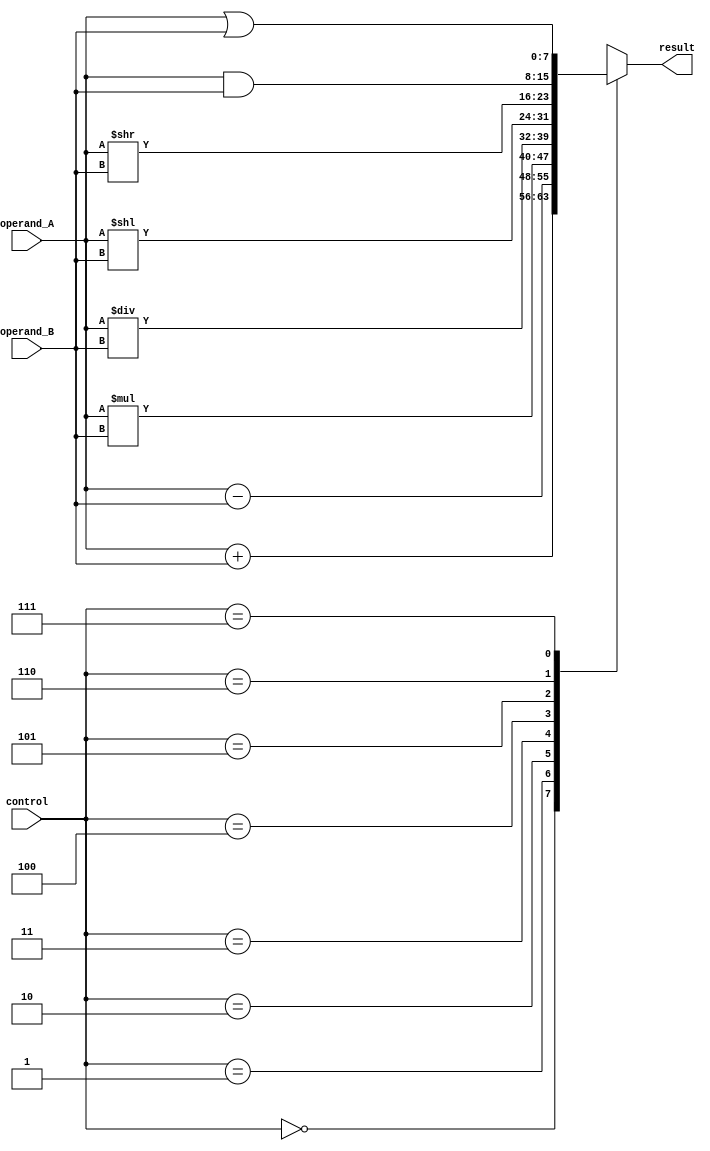
module alu(input [7:0] operand_A,
           input [7:0] operand_B,
           input [2:0] control,
           output reg [7:0] result);

   // Functional blocks
   wire [7:0] add_result, sub_result, mul_result, div_result;
   wire [7:0] shift_left_result, shift_right_result, and_result, or_result, not_result;

   // Adder
   assign add_result = operand_A + operand_B;

   // Subtractor
   assign sub_result = operand_A - operand_B;

   // Multiplier
   assign mul_result = operand_A * operand_B;

   // Divider
   assign div_result = operand_A / operand_B;

   // Left Shift
   assign shift_left_result = operand_A << operand_B;

   // Right Shift
   assign shift_right_result = operand_A >> operand_B;

   // Bitwise AND
   assign and_result = operand_A & operand_B;

   // Bitwise OR
   assign or_result = operand_A | operand_B;

   // Bitwise NOT
   assign not_result = ~operand_A;

   always @(*)
   begin
      case(control)
         3'b000: result = add_result; // Addition
         3'b001: result = sub_result; // Subtraction
         3'b010: result = mul_result; // Multiplication
         3'b011: result = div_result; // Division
         3'b100: result = shift_left_result; // Left Shift
         3'b101: result = shift_right_result; // Right Shift
         3'b110: result = and_result; // Bitwise AND
         3'b111: result = or_result; // Bitwise OR
         default: result = not_result; // Bitwise NOT
      endcase
   end
endmodule